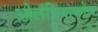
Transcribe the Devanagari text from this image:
ओलंपियाकोज